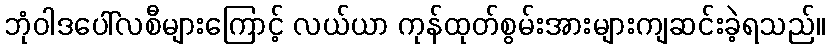
ဘုံဝါဒပေါ်လစီများကြောင့် လယ်ယာ ကုန်ထုတ်စွမ်းအားများကျဆင်းခဲ့ရသည်။